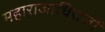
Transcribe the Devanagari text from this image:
महाराजाधिराजों